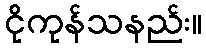
ငိုကုန်သနည်း။